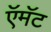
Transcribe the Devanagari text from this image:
ऍमॅट